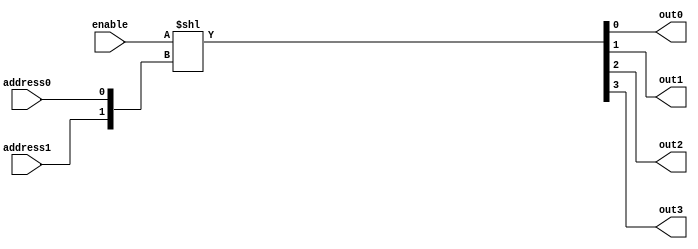
// Decoder circuit

module behavioralDecoder
(
    output out0, out1, out2, out3,
    input address0, address1,
    input enable
);
    // Uses concatenation and shift operators
    assign {out3,out2,out1,out0}=enable<<{address1,address0};
endmodule


module structuralDecoder
(
    output out0, out1, out2, out3,
    input address0, address1,
    input enable
);
    // Your decoder code here
endmodule